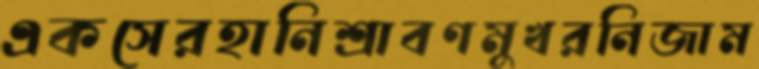
একসেরহানিশ্রাবণমুখরনিজাম